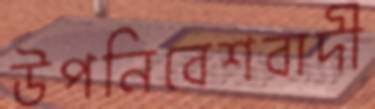
উপনিবেশবাদী